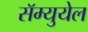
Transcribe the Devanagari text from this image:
सॅम्युयेल